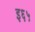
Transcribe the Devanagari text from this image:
इ६५